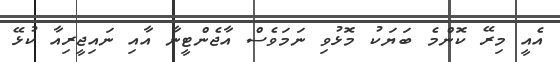
އެއީ މިރޭ ކޮންމެ ބަޔަކު މޮޅުވި ނަމަވެސް އާޖެންޓީނާ އާއި ނައިޖީރިއާ ކުޅޭ